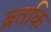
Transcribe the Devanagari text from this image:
ब्रतकि